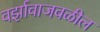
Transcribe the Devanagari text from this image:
वर्झावाजवळील